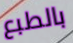
بالطبع